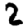
Digit: 2